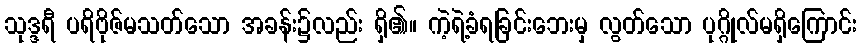
သုဒ္ဒရီ ပရိဗိုဇ်မသတ်သော အခန်း၌လည်း ရှိ၏။ ကဲ့ရဲ့ခံရခြင်းဘေးမှ လွတ်သော ပုဂ္ဂိုလ်မရှိကြောင်း